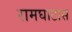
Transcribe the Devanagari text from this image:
रामघाटास